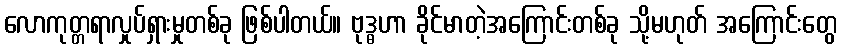
လောကုတ္တရာလှုပ်ရှားမှုတစ်ခု ဖြစ်ပါတယ်။ ဗုဒ္ဓဟာ ခိုင်မာတဲ့အကြောင်းတစ်ခု သို့မဟုတ် အကြောင်းတွေ